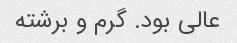
عالی بود. گرم و برشته